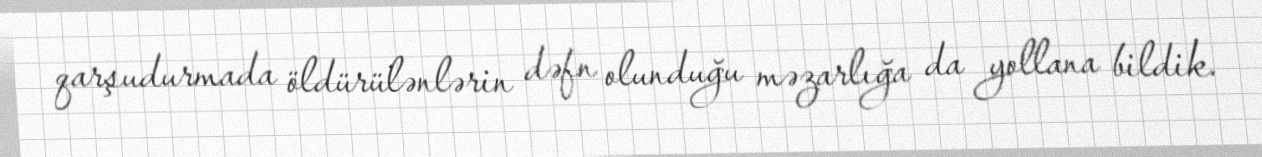
qarşudurmada öldürülənlərin dəfn olunduğu məzarlığa da yollana bildik.